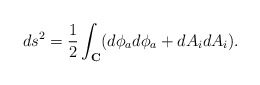
\begin{align*}ds^2={1\over 2}\int_{\bf C}(d\phi_a d\phi_a +dA_idA_i).\end{align*}